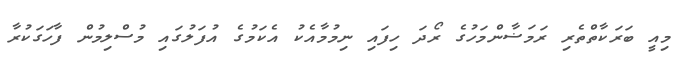
މިއީ ބަރަކާތްތެރި ރަމަޟާންމަހުގެ ރޯދަ ހިފައި ނިމުމާއެކު އެކަމުގެ އުފަލުގައި މުސްލިމުން ފާހަގަކުރާ